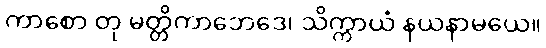
ကာစော တု မတ္တိကာဘေဒေ၊ သိက္ကာယံ နယနာမယေ။